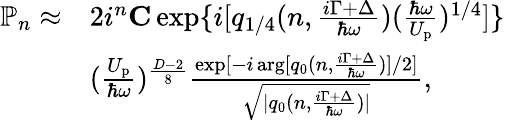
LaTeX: \begin{array}{rl}{\mathbb{P}_{n}\approx}&{2i^{n}{\mathbf C}\exp\{ i[q_{1/4}(n,\frac{i\Gamma+\Delta}{\hbar\omega})(\frac{\hbar\omega}{U_{\mathrm{p}}})^{1/4}]\} }\\ &{(\frac{U_{\mathrm{p}}}{\hbar\omega})^{\frac{D-2}{8}}\frac{\exp[-i\arg[q_{0}(n,\frac{i\Gamma+\Delta}{\hbar\omega})]/2]}{\sqrt{|q_{0}(n,\frac{i\Gamma+\Delta}{\hbar\omega})|}},}\end{array}